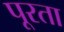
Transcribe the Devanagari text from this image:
पूरता